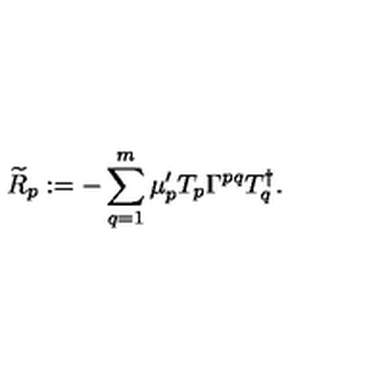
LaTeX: { \widetilde { R } } _ { p } : = - \sum _ { q = 1 } ^ { m } \mu _ { p } ^ { \prime } T _ { p } \Gamma ^ { p q } T _ { q } ^ { \dag } .